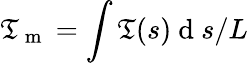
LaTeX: \mathfrak{T}_{\mathrm{{~m~}}}=\int\mathfrak{T}(s)\mathrm{{~d~}}s/L